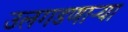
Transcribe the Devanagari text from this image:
उलगडणाऱ्या